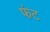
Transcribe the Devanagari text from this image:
फंट